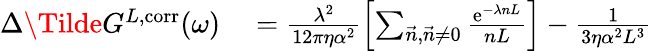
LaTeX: \begin{array}{rl}{\Delta\Tilde{G}^{L,\mathrm{corr}}(\omega)}&{{}=\frac{\lambda^{2}}{12\pi\eta\alpha^{2}}\left[\sum_{\vec{n},\vec{n}\neq 0}\frac{\mathrm{e}^{-\lambda nL}}{nL}\right]-\frac{1}{3\eta\alpha^{2}L^{3}}}\end{array}